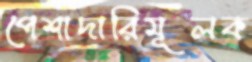
পেশাদারিমূলক